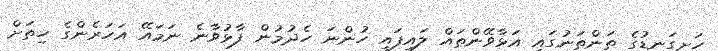
ހަށިގަނޑުގެ ތަންތަނުގައި އަޅާވޭންތައް ލައިފައި ހުންނަ ހެދުމުން ފާޅުވާނެ ނަމައޭ އަހަރެންގެ ހިތަށް